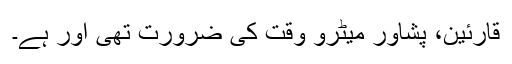
قارئین، پشاور میٹرو وقت کی ضرورت تھی اور ہے۔